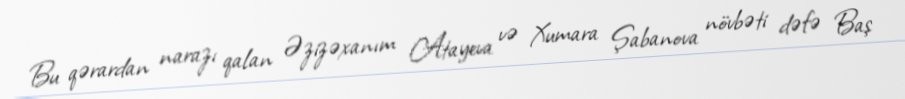
Bu qərardan narazı qalan Əzizəxanım Atayeva və Xumara Şabanova növbəti dəfə Baş